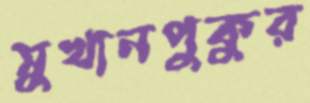
সুখানপুকুর